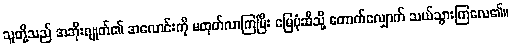
သူတို့သည် အဘိုးဂျုတ်၏ အလောင်းကို မထုတ်လာကြပြီး မြေပုံဆီသို့ တောက်လျှောက် သယ်သွားကြလေ၏။